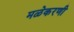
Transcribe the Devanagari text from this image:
मळेकरणी